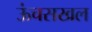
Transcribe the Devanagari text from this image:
ऊंचसखल